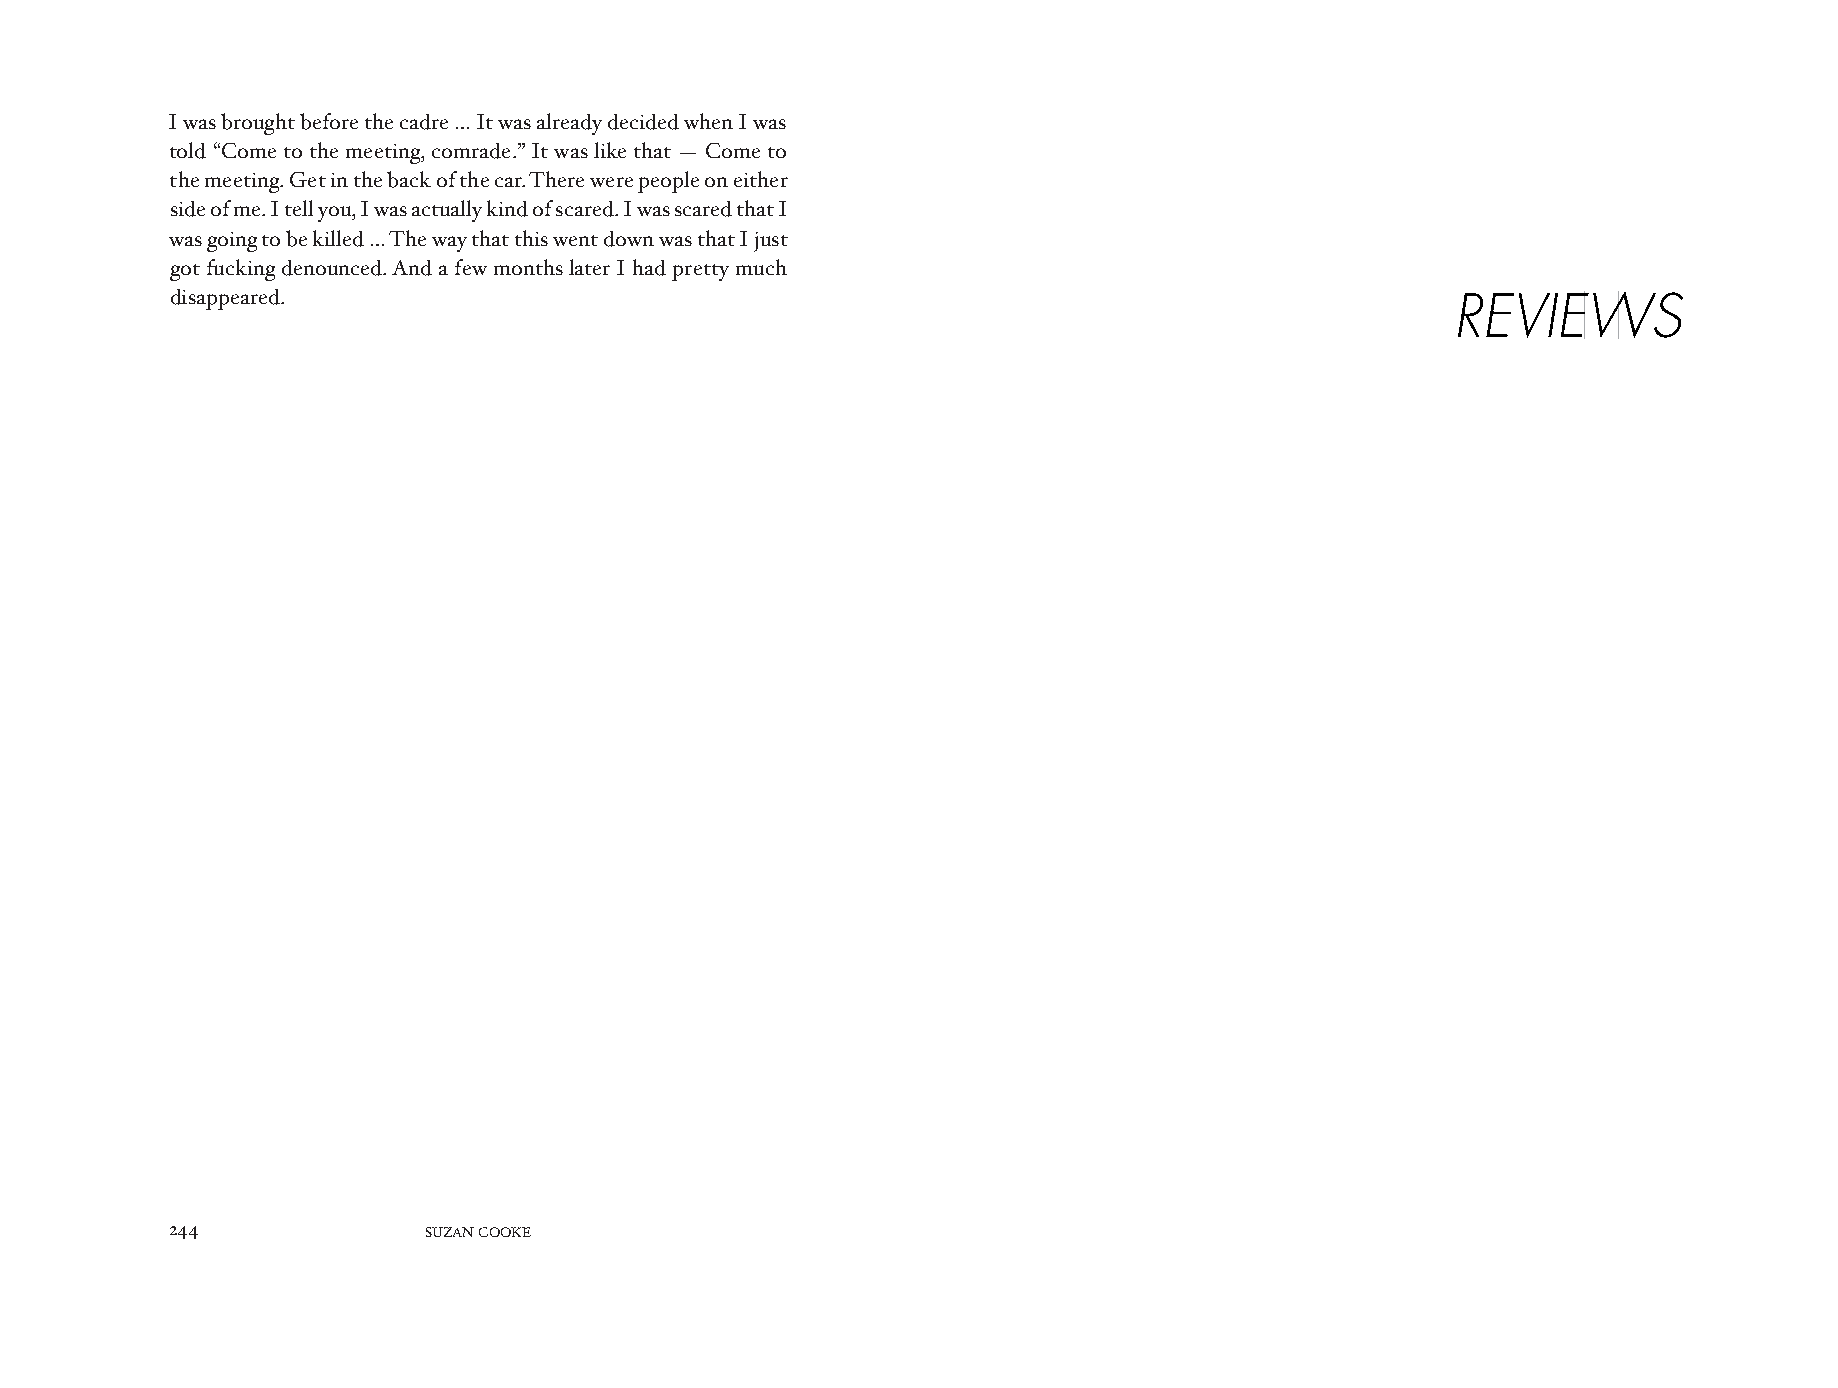
I was brought before the cadre … It was already decided when I was
 told “Come to the meeting, comrade.” It was like that — Come to
 the meeting. Get in the back of the car. There were people on either
 side of me. I tell you, I was actually kind of scared. I was scared that I
 was going to be killed … The way that this went down was that I just
 got fucking denounced. And a few months later I had pretty much
 disappeared.                                                                         REVIEEWWS
 224444
 SUZAN COOKE